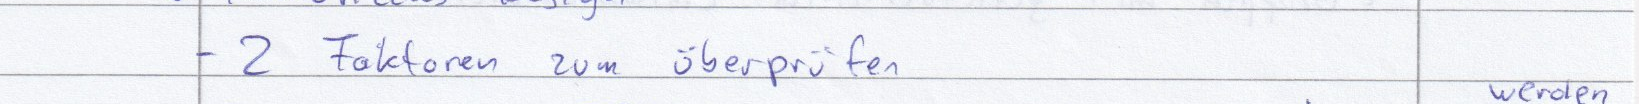
- 2 Faktoren zum überprüfen